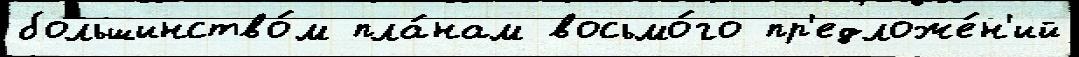
большинство́м пла́нам восьмо́го пр'едложе́н'ий